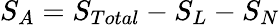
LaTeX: S_{A}=S_{Total}-S_{L}-S_{N}